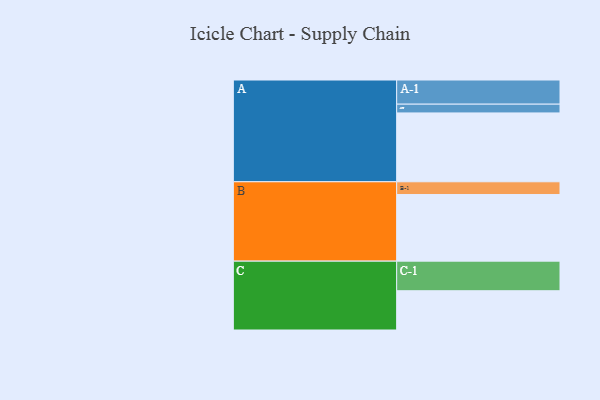
{"axis": {"x": "Segment", "y": "Value"}, "legend": ["", "A", "B", "C"], "data": [{"x": "A", "y": 596, "type": ""}, {"x": "B", "y": 577, "type": ""}, {"x": "C", "y": 340, "type": ""}, {"x": "A-1", "y": 209, "type": "A"}, {"x": "A-2", "y": 76, "type": "A"}, {"x": "B-1", "y": 110, "type": "B"}, {"x": "C-1", "y": 256, "type": "C"}]}